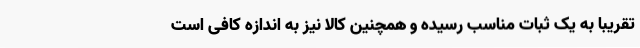
تقریباً به یک ثبات مناسب رسیده و همچنین کالا نیز به اندازه کافی است